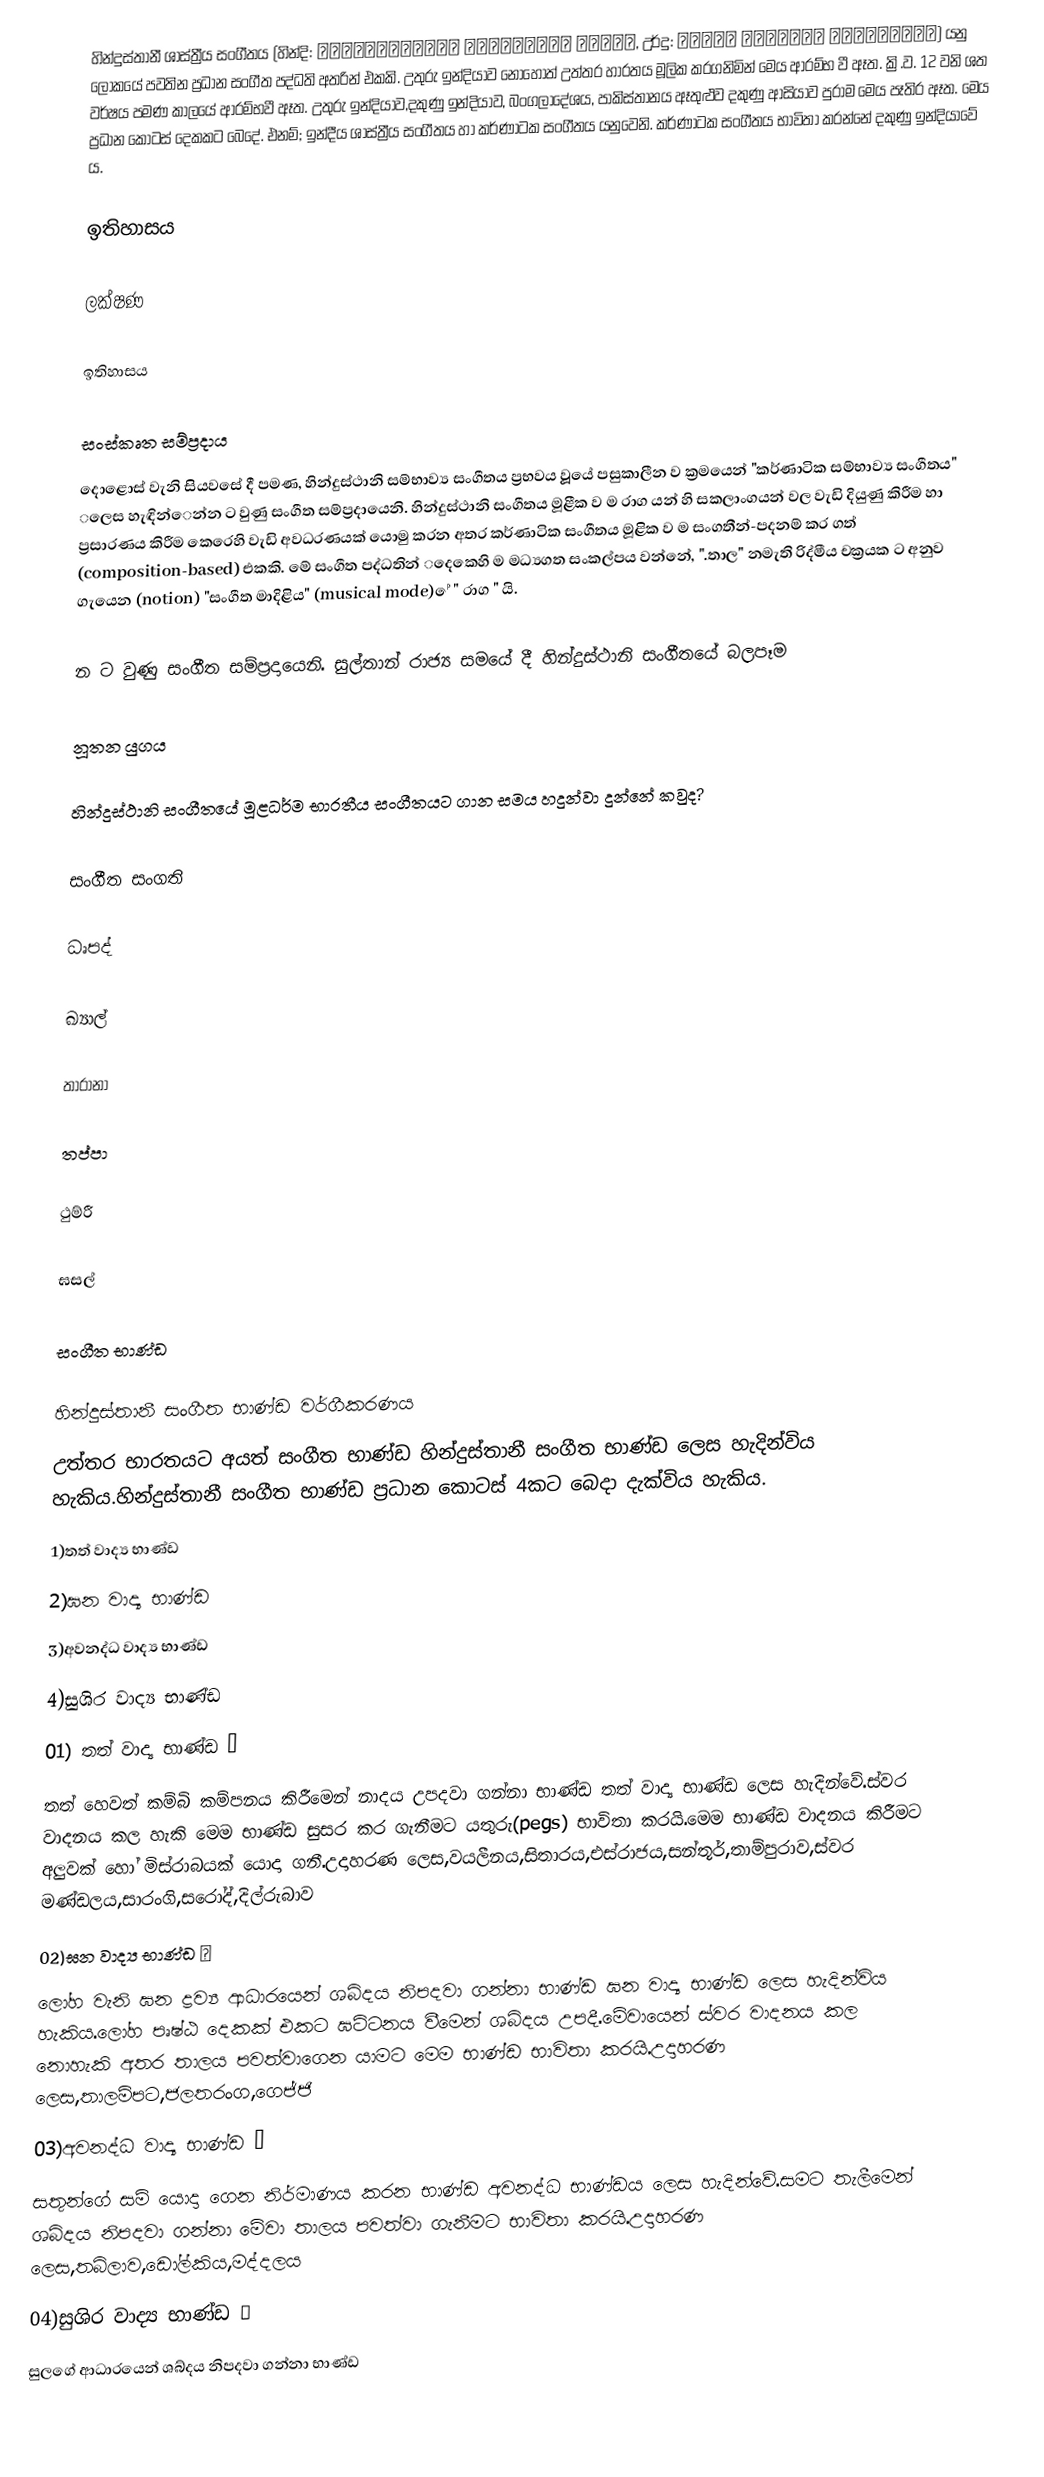
හින්දුස්තානී ශාස්ත්‍රීය සංගීතය (හින්දි: हिन्दुस्तानी शास्त्रीय संगीत, උර්දු: ہندوستانی شاستریہ سنگیت) යනු ලෝකයේ පවතින ප්‍රධාන සංගීත පද්ධති අතරින් එකකි. උතුරු ඉන්දියාව නොහොත් උත්තර හාරතය මූලික කරගනිමින් මෙය ආරම්භ වී ඈත. ක්‍රි.ව. 12 වනි ශත වර්ෂය පමණ කාලයේ ආරම්භවී ඈත. උතුරු ඉන්දියාව,දකුණු ඉන්දියාව, බංගලාදේශය, පාකිස්තානය ඈතුළුව දකුණු ආසියාව පුරාම මෙය පෑතිර ඈත. මෙය ප්‍රධාන කොටස් දෙකකට බෙදේ. එනම්; ඉන්දීය ශාස්ත්‍රීය සංගීතය හා කර්ණාටක සංගීතය යනුවෙනි. කර්ණාටක සංගීතය භාවිතා කරන්නේ දකුණු ඉන්දියාවේ ය.

ඉතිහාසය

ලක්ෂණ

ඉතිහාසය

සංස්කෘත සම්ප්‍රදාය
දොළොස් වැනි සියවසේ දී පමණ, හින්දුස්ථානි සම්භාව්‍ය සංගීතය ප්‍රභවය වූූයේ පසුකාලීන ව ක්‍රමයෙන් "කර්ණාටික සම්භාව්‍ය සංගීතය" ‌ ‌ලෙස හැඳින්‌‌ෙන්න ට වුණු සංගීත සම්ප්‍රදායෙනි. හින්දුස්ථානි සංගීතය මූළීක ව ම රාග යන් හි සකලාංගයන් වල වැඩි දියුණු කිරීම හා ප්‍රසාරණය කිරීම කෙරෙහි වැඩි අවධරණයක් යොමු කරන අතර කර්ණාටික සංගීතය මූළික ව ම සංගතීන්-පදනම් කර ගත්  (composition-based) එකකි. ‌මේ සංගීත පද්ධතින් ‌‌දෙකෙහි ම මධ්‍යගත සංකල්පය වන්නේ, ".තාල" නමැති රිද්මීය චක්‍රයක ට අනුව ගැයෙන  (notion) "සංගීත මාදිළිය"  (musical mode) ‌ේ " රාග " යි.

න ට වුණු සංගීත සම්ප්‍රදායෙනි.  සුල්තාන් රාජ්‍ය සමයේ දී හින්දුස්ථානි සංගීතයේ බලපෑම

නූතන යුගය

හින්දුස්ථානි සංගීතයේ මූළධර්ම භාරතීය සංගීතයට ගාන සමය හදුන්වා දුන්නේ කවුද?

සංගීත සංගති

ධෘපද්

ඛ්‍යාල්

තාරානා

තප්පා

ථුම්රී

ඝසල්

සංගීත භාණ්ඩ

හින්දුස්තානී සංගීත භාණ්ඩ වර්ගීකරණය
උත්තර භාරතයට අයත් සංගීත භාණ්ඩ හින්දුස්තානී සංගීත භාණ්ඩ ලෙස හැදින්විය හැකිය.හින්දුස්තානී සංගීත භාණ්ඩ ප්‍රධාන කොටස් 4කට බෙදා දැක්විය හැකිය.
1)තත් වාද්‍ය භාණ්ඩ
2)ඝන වාද්‍ය භාණ්ඩ
3)අවනද්ධ වාද්‍ය භාණ්ඩ
4)සුශිර වාද්‍ය භාණ්ඩ
01) තත් වාද්‍ය භාණ්ඩ 🎻
තත් හෙවත් කම්බි කම්පනය කිරීමෙන් නාදය උපදවා ගන්නා භාණ්ඩ තත් වාද්‍ය භාණ්ඩ ලෙස හැදින්වේ.ස්වර වාදනය කල හැකි මෙම භාණ්ඩ සුසර කර ගැනීමට යතුරු(pegs) භාවිතා කරයි.මෙම භාණ්ඩ වාදනය කිරීමට අලුවක් හෝ මිස්රාබයක් යොදා ගනී.උදාහරණ ලෙස,වයලීනය,සිතාරය,එස්රාජය,සන්තූර්,තාම්පුරාව,ස්වර මණ්ඩලය,සාරංගි,සරෝද්,දිල්රුබාව
02)ඝන වාද්‍ය භාණ්ඩ 🔔
ලෝහ වැනි ඝන ද්‍රව්‍ය ආධාරයෙන් ශබ්දය නිපදවා ගන්නා භාණ්ඩ ඝන වාද්‍ය භාණ්ඩ ලෙස හැදින්විය හැකිය.ලෝහ පෘෂ්ඨ දෙකක් එකට ඝට්ටනය වීමෙන් ශබ්දය උපදී.මේවායෙන් ස්වර වාදනය කල නොහැකි අතර තාලය පවත්වාගෙන යාමට මෙම භාණ්ඩ භාවිතා කරයි.උදාහරණ ලෙස,තාලම්පට,ජලතරංග,ගෙජ්ජි
03)අවනද්ධ වාද්‍ය භාණ්ඩ 🥁
සතුන්ගේ සම් යොදා ගෙන නිර්මාණය කරන භාණ්ඩ අවනද්ධ භාණ්ඩය ලෙස හැදින්වේ.සමට තැලීමෙන් ශබ්දය නිපදවා ගන්නා මේවා තාලය පවත්වා ගැනීමට භාවිතා කරයි.උදාහරණ ලෙස,තබ්ලාව,ඩෝල්කිය,මද්දලය
04)සුශිර වාද්‍ය භාණ්ඩ 🎺
සුලගේ ආධාරයෙන් ශබ්දය නිපදවා ගන්නා භාණ්ඩ